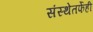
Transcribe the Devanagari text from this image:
संस्थेतर्फेही